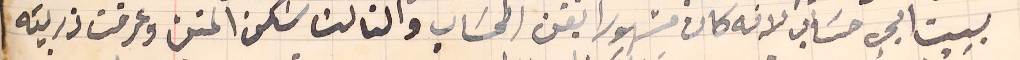
بيت ابي حسَاب لانه كان مشهورا بفن الحسَاب والثالث سكن المتن وعرفت ذريته